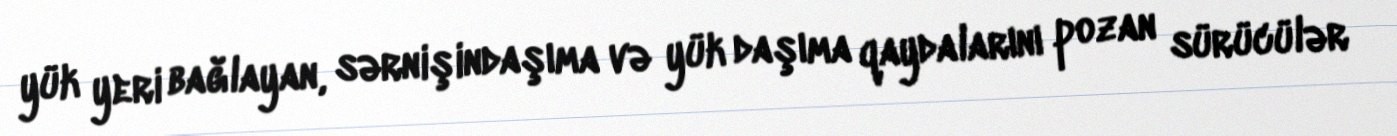
yük yeri bağlayan, sərnişindaşıma və yük daşıma qaydalarını pozan sürücülər